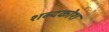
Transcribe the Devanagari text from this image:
शब्‍दकोश